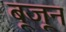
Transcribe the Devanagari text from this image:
बूजून